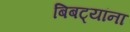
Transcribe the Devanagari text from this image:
बिबट्यांना